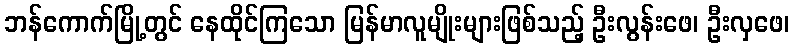
ဘန်ကောက်မြို့တွင် နေထိုင်ကြသော မြန်မာလူမျိုးများဖြစ်သည့် ဦးလွန်းဖေ၊ ဦးလှဖေ၊